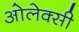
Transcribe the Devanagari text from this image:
ओलेक्सी